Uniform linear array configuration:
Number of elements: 32
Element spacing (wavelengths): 1
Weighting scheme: exponential
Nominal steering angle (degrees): -15
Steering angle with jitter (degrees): -13.13
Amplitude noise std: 0.05
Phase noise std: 0.05

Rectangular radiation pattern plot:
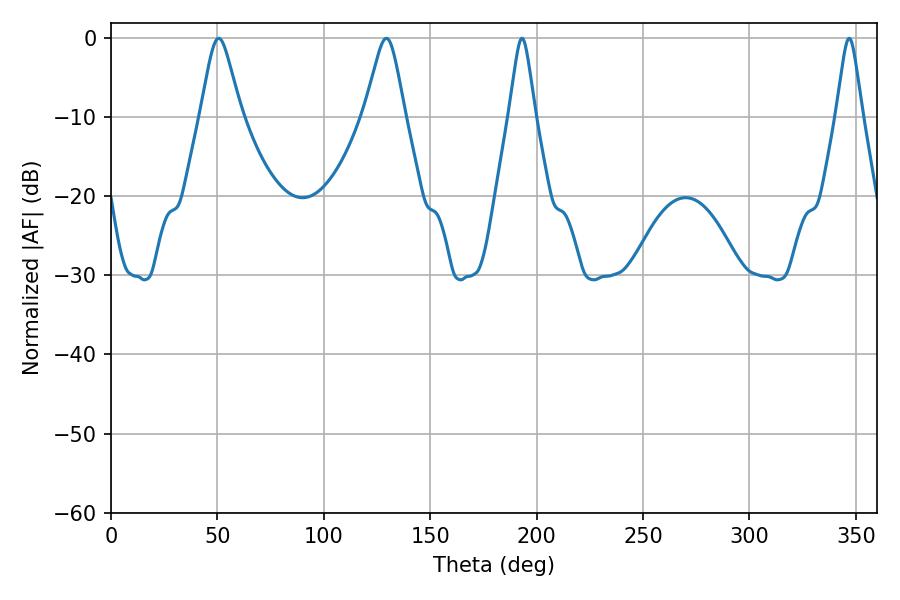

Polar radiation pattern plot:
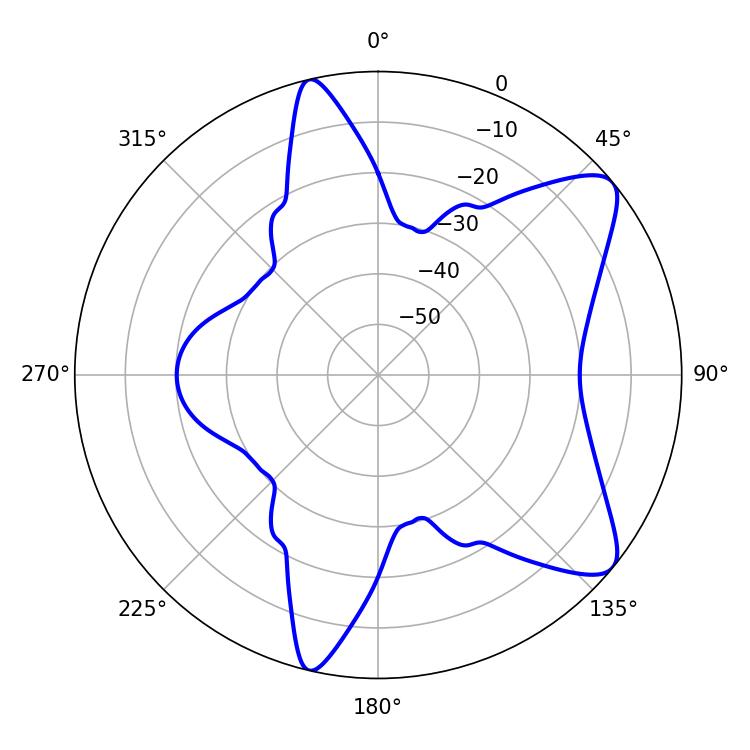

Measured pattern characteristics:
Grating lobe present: TRUE
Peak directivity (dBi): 8.97
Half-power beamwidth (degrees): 5.76
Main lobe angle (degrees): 193.14